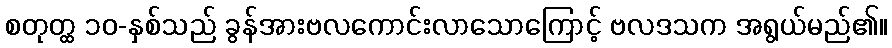
စတုတ္ထ ၁၀-နှစ်သည် ခွန်အားဗလကောင်းလာသောကြောင့် ဗလဒသက အရွယ်မည်၏။